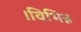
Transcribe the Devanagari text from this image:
।विभिन्न